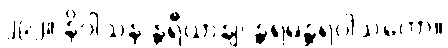
၂၉၂။ နိဝါသန န္တရီယာနျ၊ န္တရမန္တရဝါသကော။